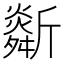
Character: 𣃌